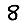
Digit: 8